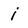
Character: 1